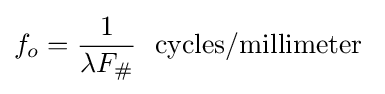
f_{o}={1 \over {\lambda F_{\#}}}\ \ \mathrm {cycles/millimeter} \